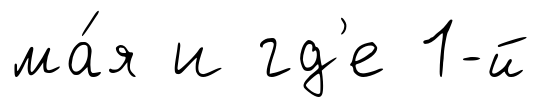
ма́я и гд'е 1-й